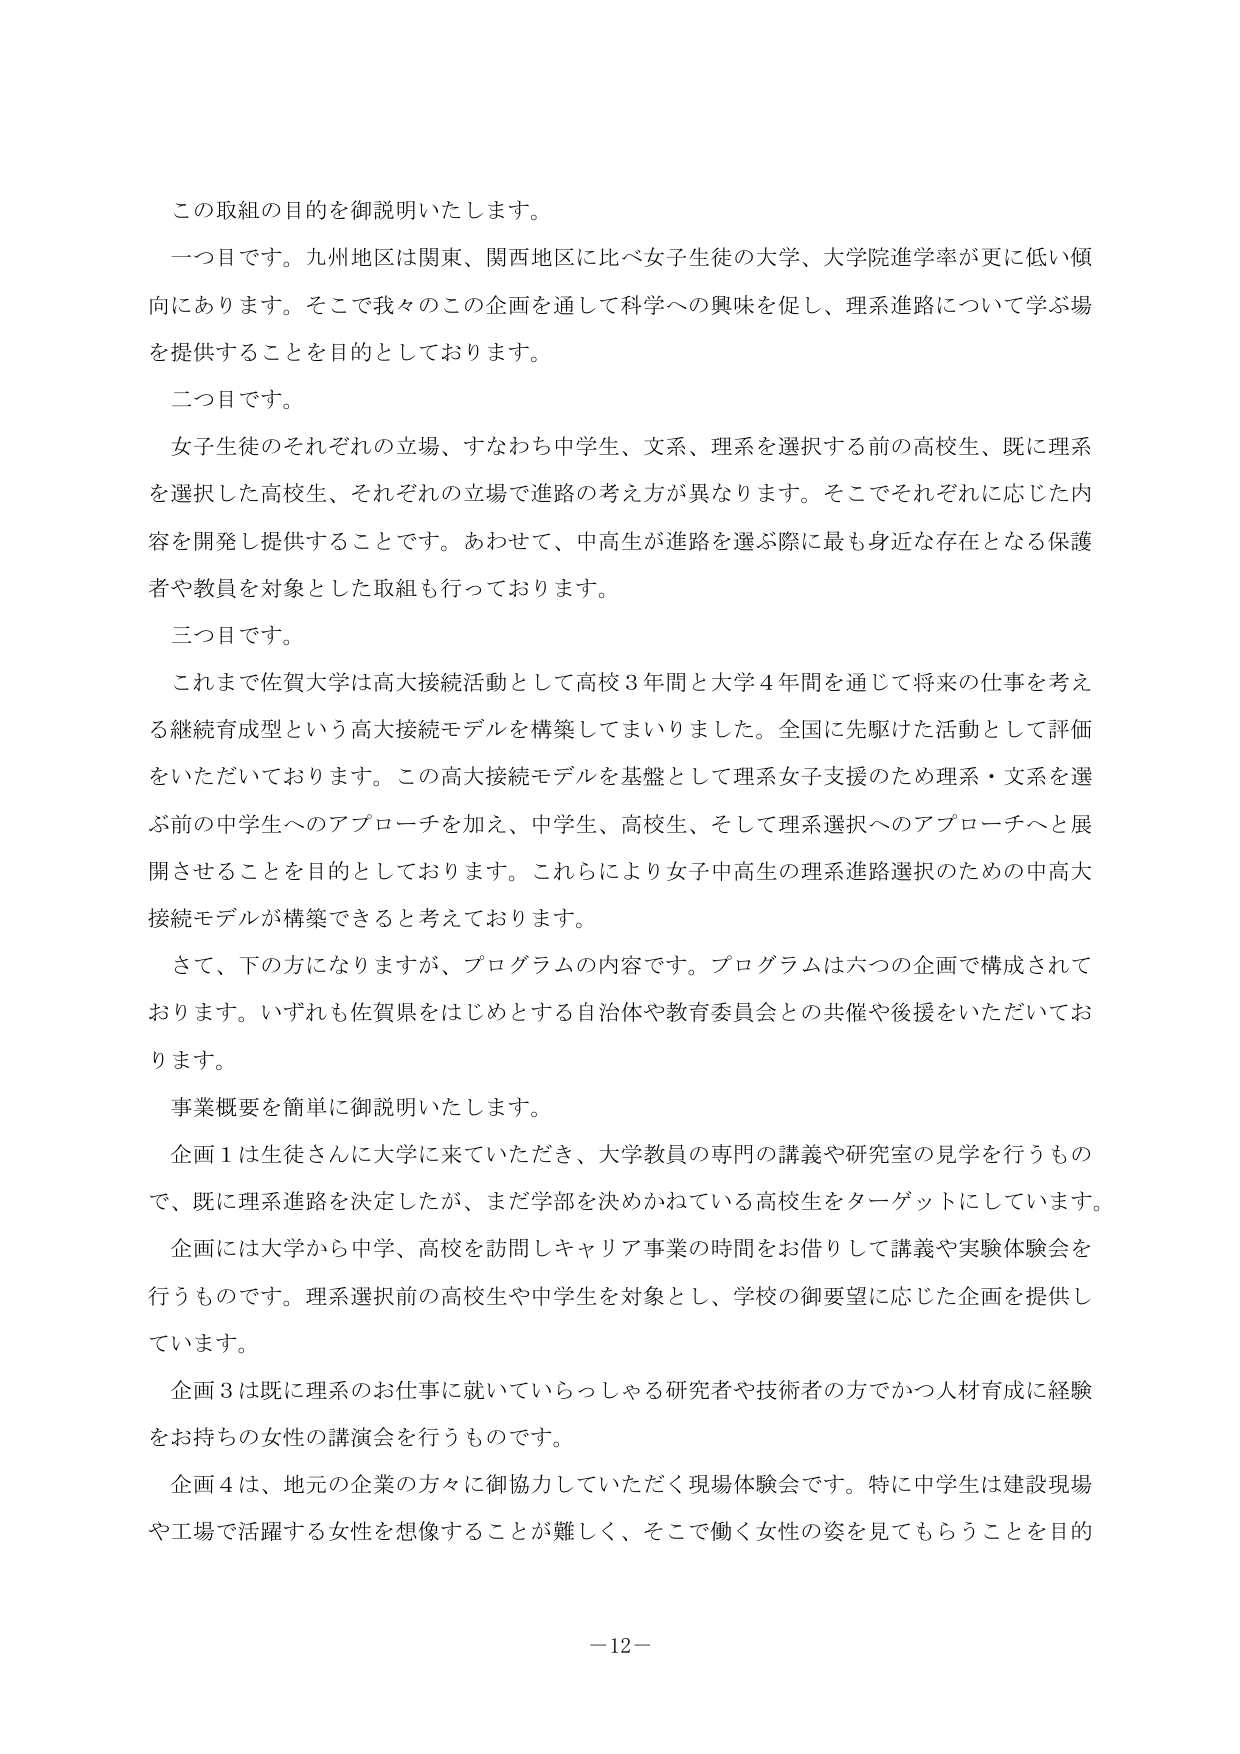
この取組の目的を御説明いたします。

一つ目です。九州地区は関東、関西地区に比べ女子生徒の大学、大学院進学率が更に低い傾向にあります。そこで我々のこの企画を通して科学への興味を促し、理系進路について学ぶ場を提供することを目的としております。

二つ目です。

女子生徒のそれぞれの立場、すなわち中学生、文系、理系を選択する前の高校生、既に理系を選択した高校生、それぞれの立場で進路の考え方が異なります。そこでそれぞれに応じた内容を開発し提供することです。あわせて、中高生が進路を選ぶ際に最も身近な存在となる保護者や教員を対象とした取組も行っております。

三つ目です。

これまで佐賀大学は高大接続活動として高校３年間と大学４年間を通じて将来の仕事を考える継続育成型という高大接続モデルを構築してまいりました。全国に先駆けた活動として評価をいただいております。この高大接続モデルを基盤として理系女子支援のため理系・文系を選ぶ前の中学生へのアプローチを加え、中学生、高校生、そして理系選択へのアプローチへと展開させることを目的としております。これらにより女子中高生の理系進路選択のための中高大接続モデルが構築できると考えております。

さて、下の方になりますが、プログラムの内容です。プログラムは六つの企画で構成されております。いずれも佐賀県をはじめとする自治体や教育委員会との共催や後援をいただいております。

事業概要を簡単に御説明いたします。

企画１は生徒さんに大学に来ていただき、大学教員の専門の講義や研究室の見学を行うもので、既に理系進路を決定したが、まだ学部を決めかねている高校生をターゲットにしています。企画には大学から中学、高校を訪問しキャリア事業の時間をお借りして講義や実験体験会を行うものです。理系選択前の高校生や中学生を対象とし、学校の御要望に応じた企画を提供しています。

企画３は既に理系のお仕事に就いていらっしゃる研究者や技術者の方でかつ人材育成に経験をお持ちの女性の講演会を行うものです。

企画４は、地元の企業の方々に御協力していただく現場体験会です。特に中学生は建設現場や工場で活躍する女性を想像することが難しく、そこで働く女性の姿を見てもらうことを目的

－12－